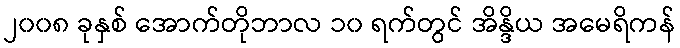
၂၀၀၈ ခုနှစ် အောက်တိုဘာလ ၁၀ ရက်တွင် အိန္ဒိယ အမေရိကန်